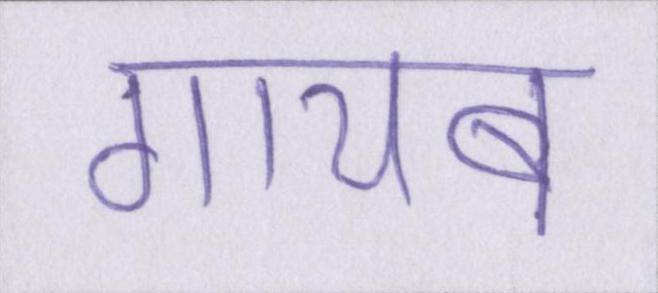
गायब